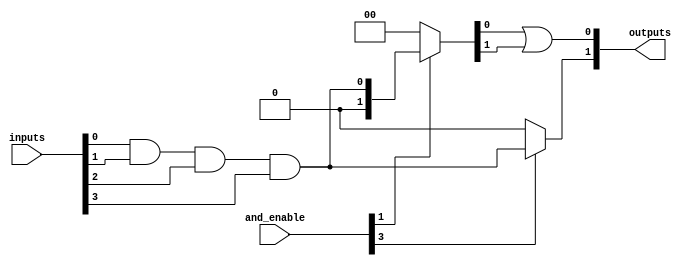
module SPAL #(
    parameter NUM_INPUTS = 4,      // Number of input signals
    parameter NUM_AND_GATES = 4,    // Number of AND gates
    parameter NUM_OR_GATES = 2       // Number of OR gates
)(
    input wire [NUM_INPUTS-1:0] inputs,  // Input signals
    input wire [NUM_AND_GATES-1:0] and_enable, // Enable signals for AND gates
    output wire [NUM_OR_GATES-1:0] outputs // Output signals
);

    // Programmable AND array
    wire [NUM_AND_GATES-1:0] and_outputs [0:NUM_INPUTS-1]; // AND gate outputs

    // Generate AND gates
    genvar i, j;
    generate
        for (i = 0; i < NUM_AND_GATES; i = i + 1) begin : and_gate
            wire [NUM_INPUTS-1:0] and_inputs;
            assign and_inputs = {inputs[NUM_INPUTS-1], inputs[NUM_INPUTS-2], inputs[NUM_INPUTS-3], inputs[NUM_INPUTS-4]}; // Connect inputs

            // AND gate logic
            assign and_outputs[i] = and_enable[i] ? (and_inputs[0] & and_inputs[1] & and_inputs[2] & and_inputs[3]) : 1'b0; // Example: All inputs ANDed
        end
    endgenerate

    // Fixed OR array
    wire [NUM_OR_GATES-1:0] or_inputs [0:NUM_AND_GATES-1]; // OR gate inputs

    // Connect AND outputs to OR inputs
    assign or_inputs[0] = {and_outputs[0], and_outputs[1]}; // Example: OR gate 0 combines AND gate 0 and 1
    assign or_inputs[1] = {and_outputs[2], and_outputs[3]}; // Example: OR gate 1 combines AND gate 2 and 3

    // Generate OR gates
    generate
        for (j = 0; j < NUM_OR_GATES; j = j + 1) begin : or_gate
            assign outputs[j] = or_inputs[j][0] | or_inputs[j][1]; // OR logic
        end
    endgenerate

endmodule